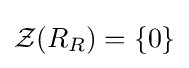
{\mathcal {Z}}(R_{R})=\{0\}